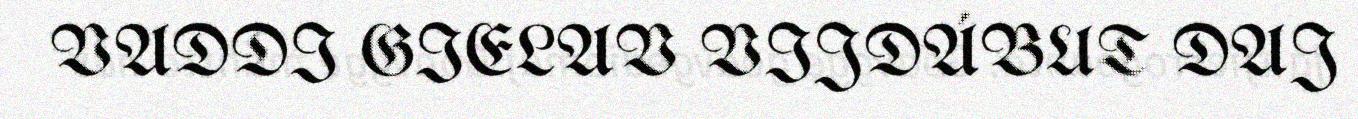
VADDI GIELAV VIJDÁBUT DAJ